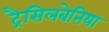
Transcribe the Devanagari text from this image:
ट्रैसिलबेनिया